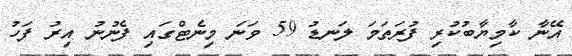
އޭނާ ކާމިޔާބުކުރި ފުރަތަމަ ލަނޑު 59 ވަނަ މިނެޓްގައި ފެނުނު އިރު ފަހު